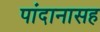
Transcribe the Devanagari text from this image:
पांदानासह